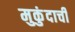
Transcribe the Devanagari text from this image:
मुकुंदाची